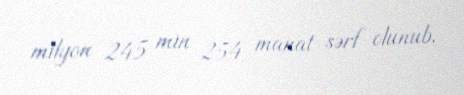
milyon 245 min 254 manat sərf olunub.